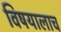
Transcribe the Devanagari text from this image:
विषयालाच